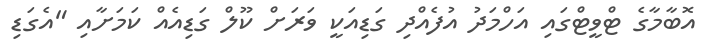
އޮބާމާގެ ޓްވީޓްގައި އަހްމަދު އުފެއްދި ގަޑިއަކީ ވަރަށް ކޫލް ގަޑިއެއް ކަމަށާއި "އެގަޑި